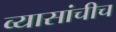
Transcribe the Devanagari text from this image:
व्यासांचीच